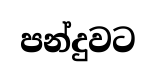
පන්දුවට